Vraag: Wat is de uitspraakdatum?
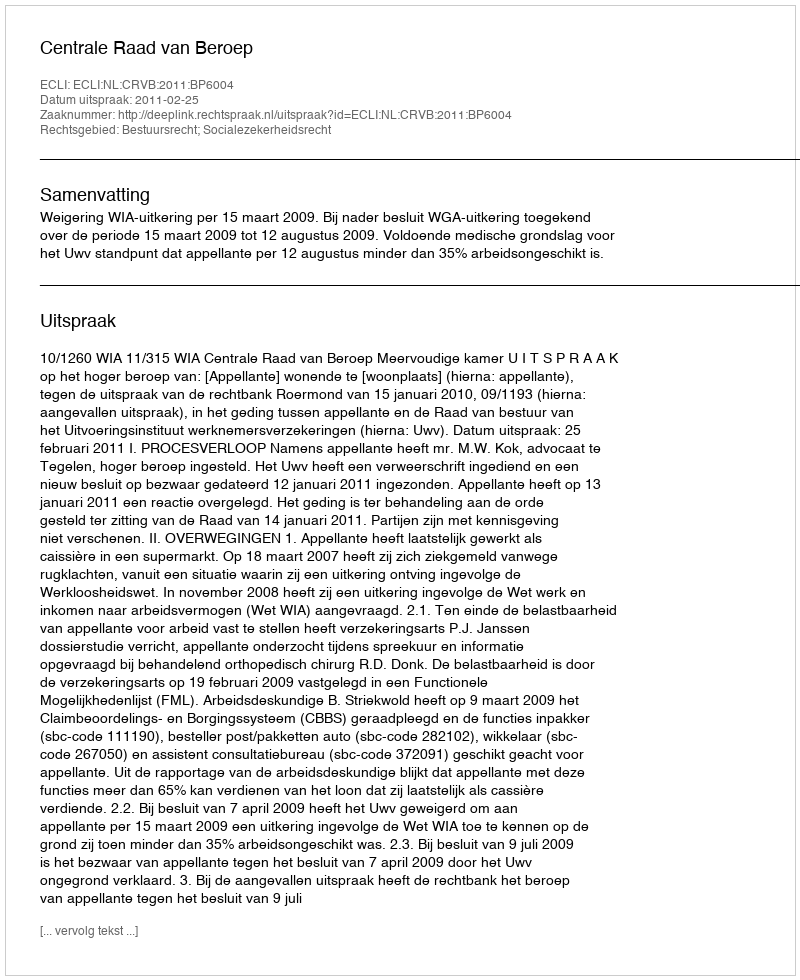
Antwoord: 2011-02-25